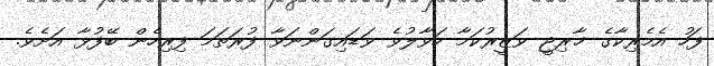
ފަހު އެމެރިކާގެ ޚާރިޖީ ވަޒީރުކަމާ ހަވާލުވެ ވަޑައިގަންނަވާ ފުރަތަމަ ފިރިހެން ބޭފުޅާ އަށެވެ.